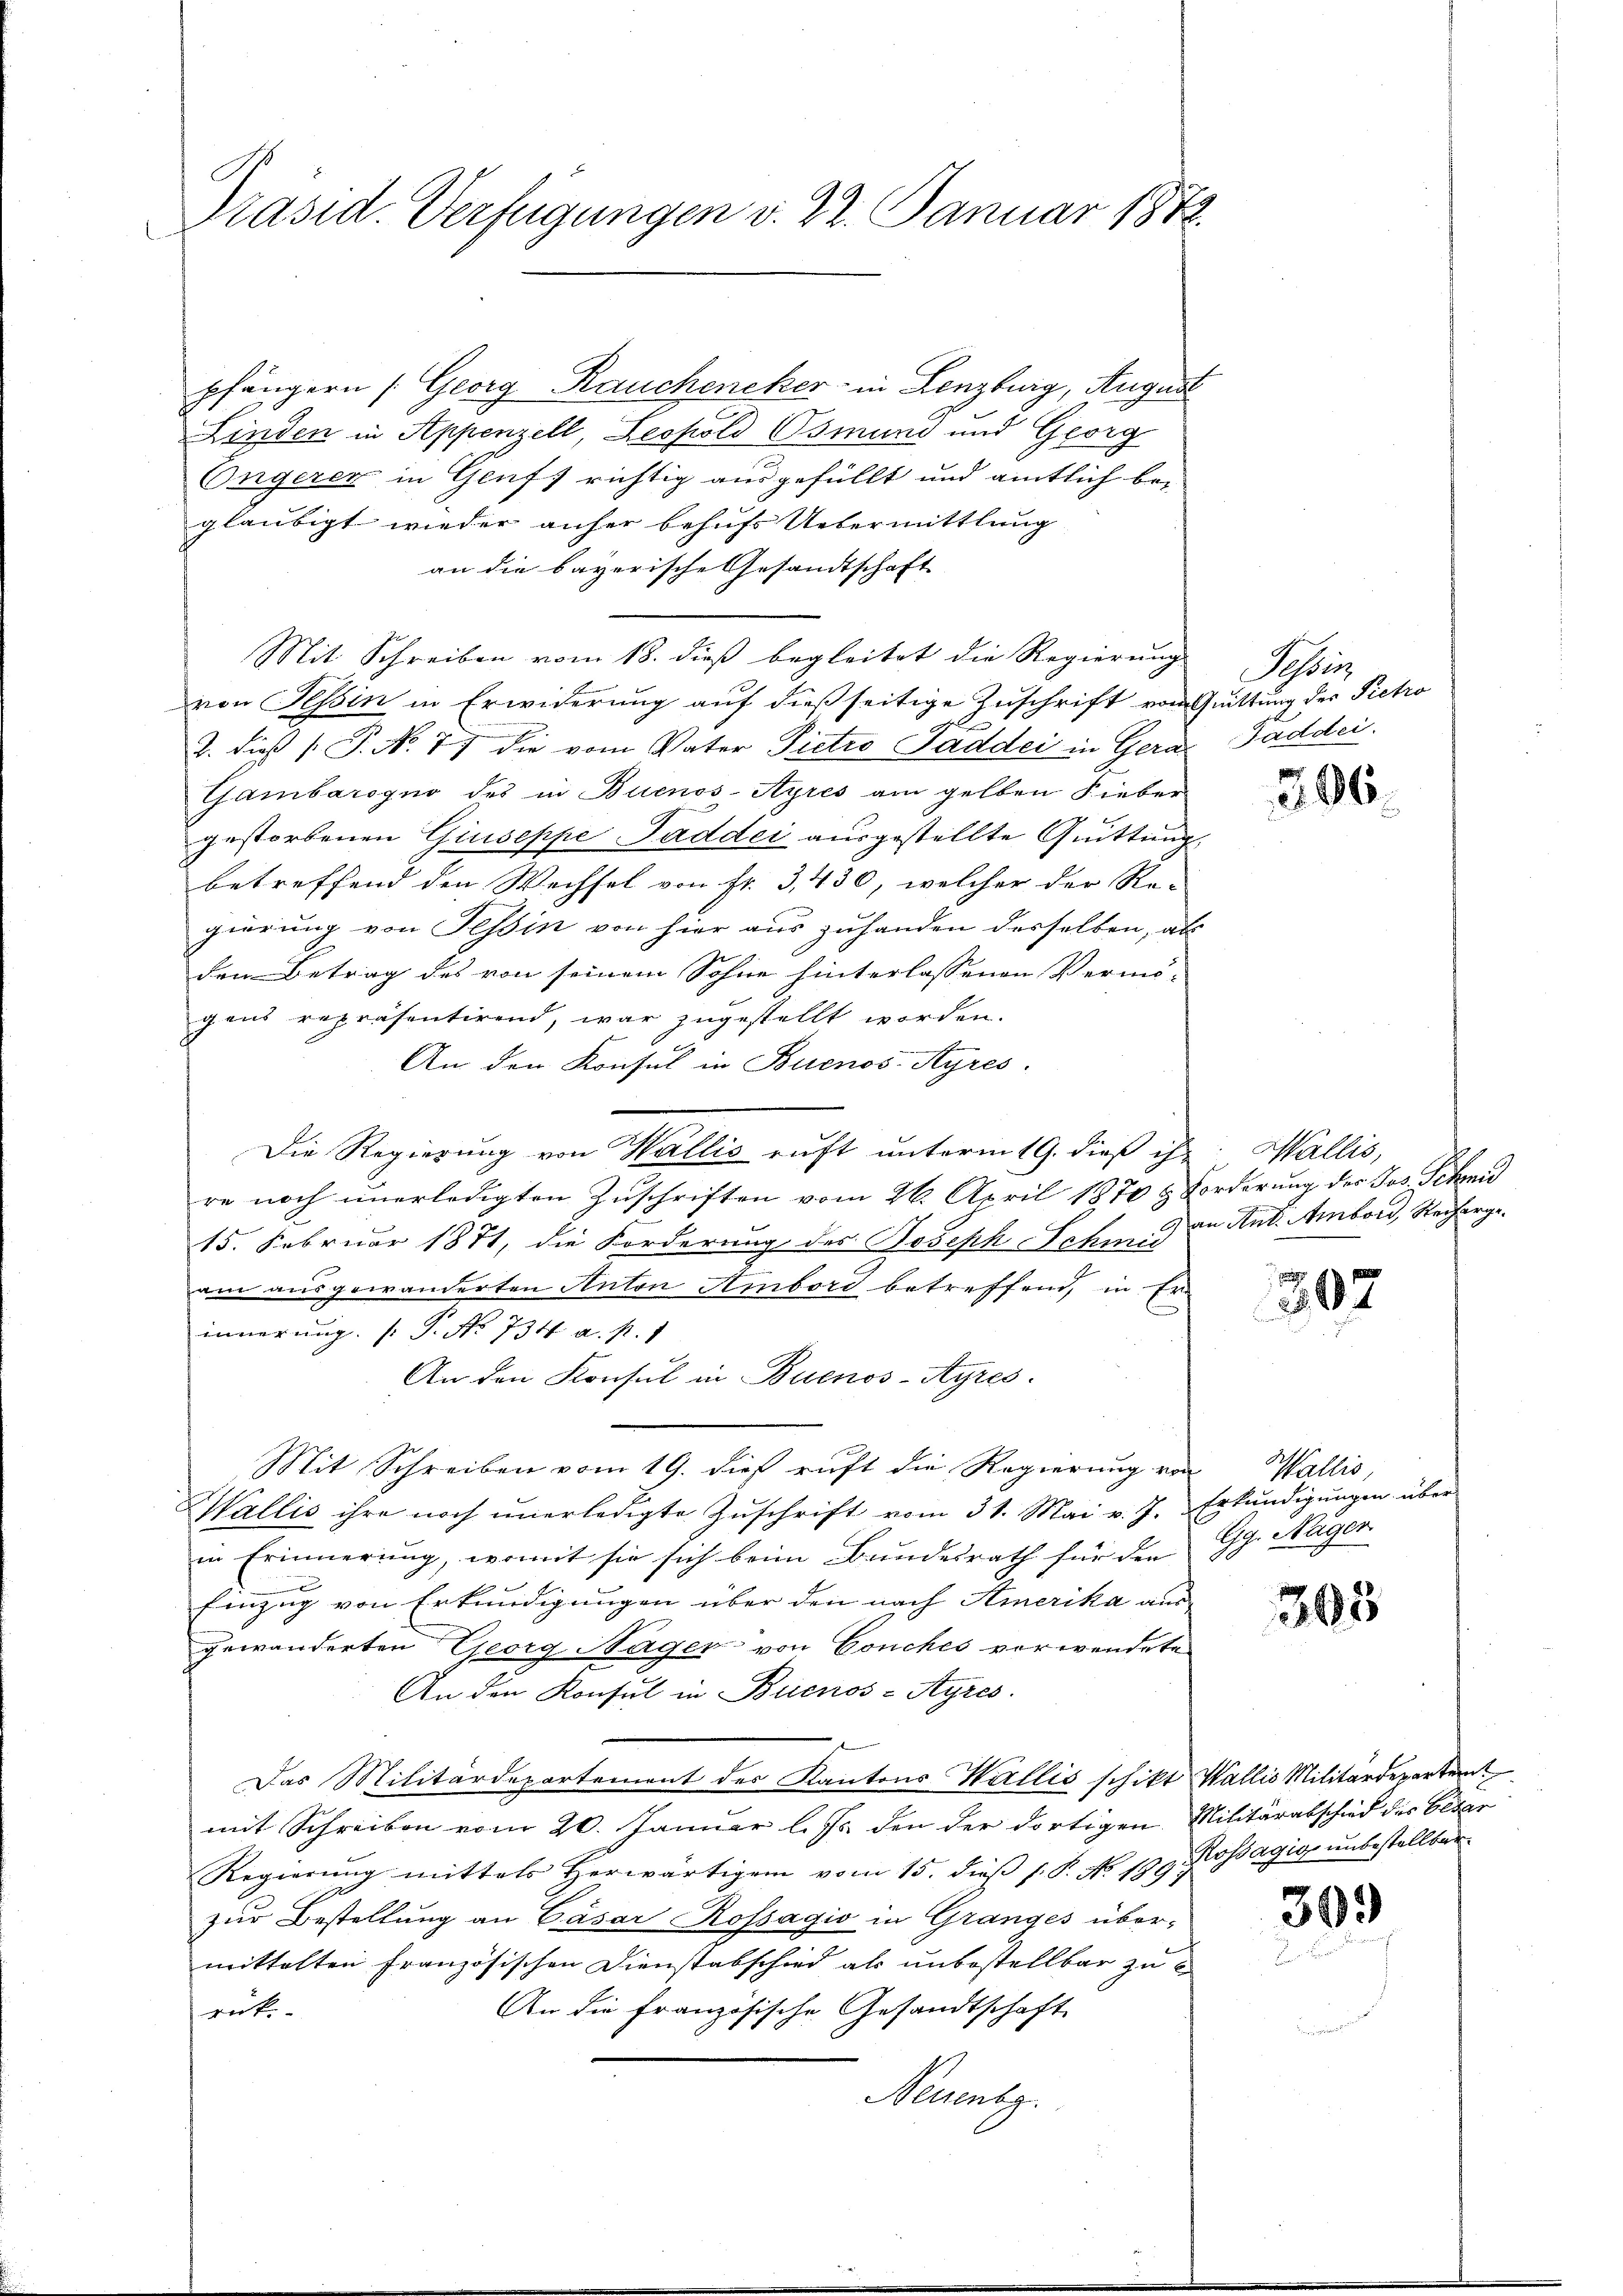
Präsid. Verfügungen d. 22. Januar 1872.

pfängern (Georg Rauchencker in Lenzburg, August
Finden in Appenzell, Leopold Osmund und Georg
Ongerer in Genfs richtig ausgefüllt und amtlich be-
gläubigt wieder anher behufs Uebermittlung
an die bayerische Gesandtschaft
Mit Schreiben vom 18. dieß begleitet die Regierung
von Tessin in Erwiderung auf dießseitige Zuschrift von Quittung des Pietro
e
2. dieß P. No. 77 die vom Vater Pietro Paddei in Gera
Gambarogno des in Buenos-Ayres am gelben Fieber
gestorbenen Giuseppe Paddei ausgestellte Quittung
betreffend den Wechsel von fr. 3, 430, welcher der Re-
gierung von Tessin von hier aus zuhanden derselben, als
den Betrag des von seinem Sohne hinterlassenen Vermö-
gens repräsentirend, war zugestellt worden.
An den Konsul in Buenos-Ayres.
Die Regierung von Wallis ruft unterm 19. dieß ihr
re noch unerledigten Zuschriften vom 26. April 1870 & Forderung der Jos. Schmid
15. Februar 1871, die Forderung des Joseph Schmid
am ausgewanderten Anton Ambord betreffend, in Er
innerung. (T. No. 734. a. p. 1
An den Konsul in Buenos-Ayres.
Mit Schreiben vom 19. dieß ruft die Regierung von Wallis,
Wallis ihre noch unerledigte Zuschrift vom 31. Mai v. 7. Erkundigungen über
in Erinnerung, womit sie sich beim Bundesrath für den
Einzug von Erkundigungen über den nach Amerika aus
gewänderten Georg Hager von Gonches vorwendete
An den Konsul in Buenos-Ayres.
Das Militärdepartement des Kantons Wallis schikt Wallis Militärdeparter
mit Schreiben vom 20. Januar l. Js. den der dortigen Militärabschied des Cesar
Regierung mittels Herwärtigem vom 15. dieß p. P. No. 189
zur Bestellung an Cäsar Rossagio in Granges über-
mittelten Französischen Dienstabschied als unbestellbar zu
An die französische Gesandtschaft
rück.
Neuenbg.

Schoris
Paddei.

206.

Wallis,
an Ant. Ambord, Recherge

07

Gg. Nager

305

Kossagig unbestellter

30.)